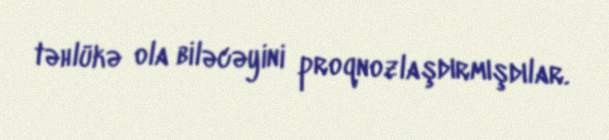
təhlükə ola biləcəyini proqnozlaşdırmışdılar.